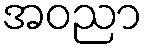
အဝညာ